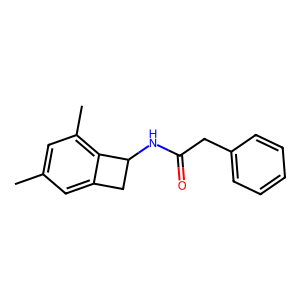
SMILES: Cc1cc(C)c2c(c1)CC2NC(=O)Cc1ccccc1
Inhibits HIV replication: No